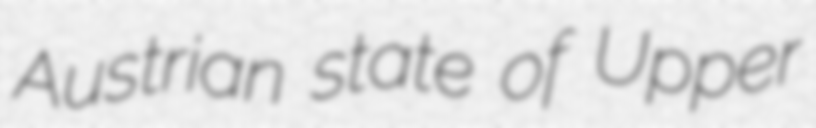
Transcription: Austrian state of Upper